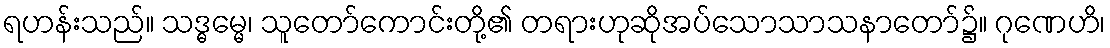
ရဟန်းသည်။ သဒ္ဓမ္မေ၊ သူတော်ကောင်းတို့၏ တရားဟုဆိုအပ်သောသာသနာတော်၌။ ဂုဏေဟိ၊